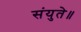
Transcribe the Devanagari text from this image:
संयुते॥